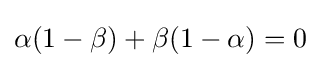
\alpha (1-\beta )+\beta (1-\alpha )=0